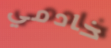
خادمي